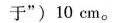
于“）10cm